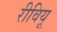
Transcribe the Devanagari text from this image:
रीवियू